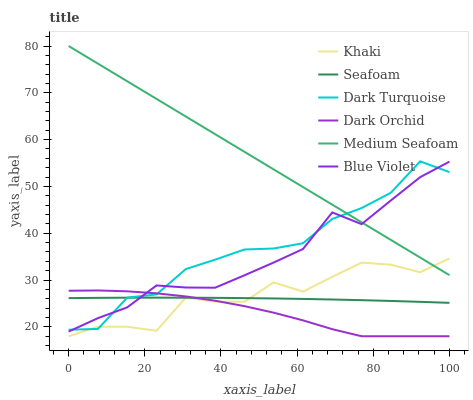
| xaxis_label | Khaki | Seafoam | Dark Turquoise | Dark Orchid | Medium Seafoam | Blue Violet |
 | --- | --- | --- | --- | --- | --- | --- |
 | 0 | 18 | 26.1 | 19.4 | 27.7 | 80 | 19 |
 | 7.69 | 20 | 26.2 | 19.6 | 27.8 | 76.2 | 21.9 |
 | 15.4 | 20 | 26.2 | 26.3 | 27.6 | 72.5 | 24.2 |
 | 23.1 | 19.2 | 26.2 | 26.9 | 27.2 | 68.7 | 28.9 |
 | 30.8 | 26.3 | 26.2 | 32.4 | 26.5 | 64.9 | 28.4 |
 | 38.5 | 25.4 | 26.2 | 34.4 | 25.6 | 61.2 | 28.4 |
 | 46.2 | 25.4 | 26.2 | 36.5 | 24.4 | 57.4 | 31 |
 | 53.8 | 29.5 | 26.1 | 36.7 | 23 | 53.6 | 33.8 |
 | 61.5 | 27.5 | 26 | 37.9 | 21.4 | 49.9 | 36.6 |
 | 69.2 | 30.7 | 25.9 | 43.1 | 19.5 | 46.1 | 44.5 |
 | 76.9 | 33.7 | 25.7 | 45.4 | 18 | 42.3 | 41.9 |
 | 84.6 | 33.3 | 25.5 | 48.7 | 18 | 38.6 | 47 |
 | 92.3 | 31.7 | 25.3 | 55.4 | 18 | 34.8 | 52 |
 | 100 | 34.6 | 25.1 | 53.1 | 18 | 31 | 55.3 |